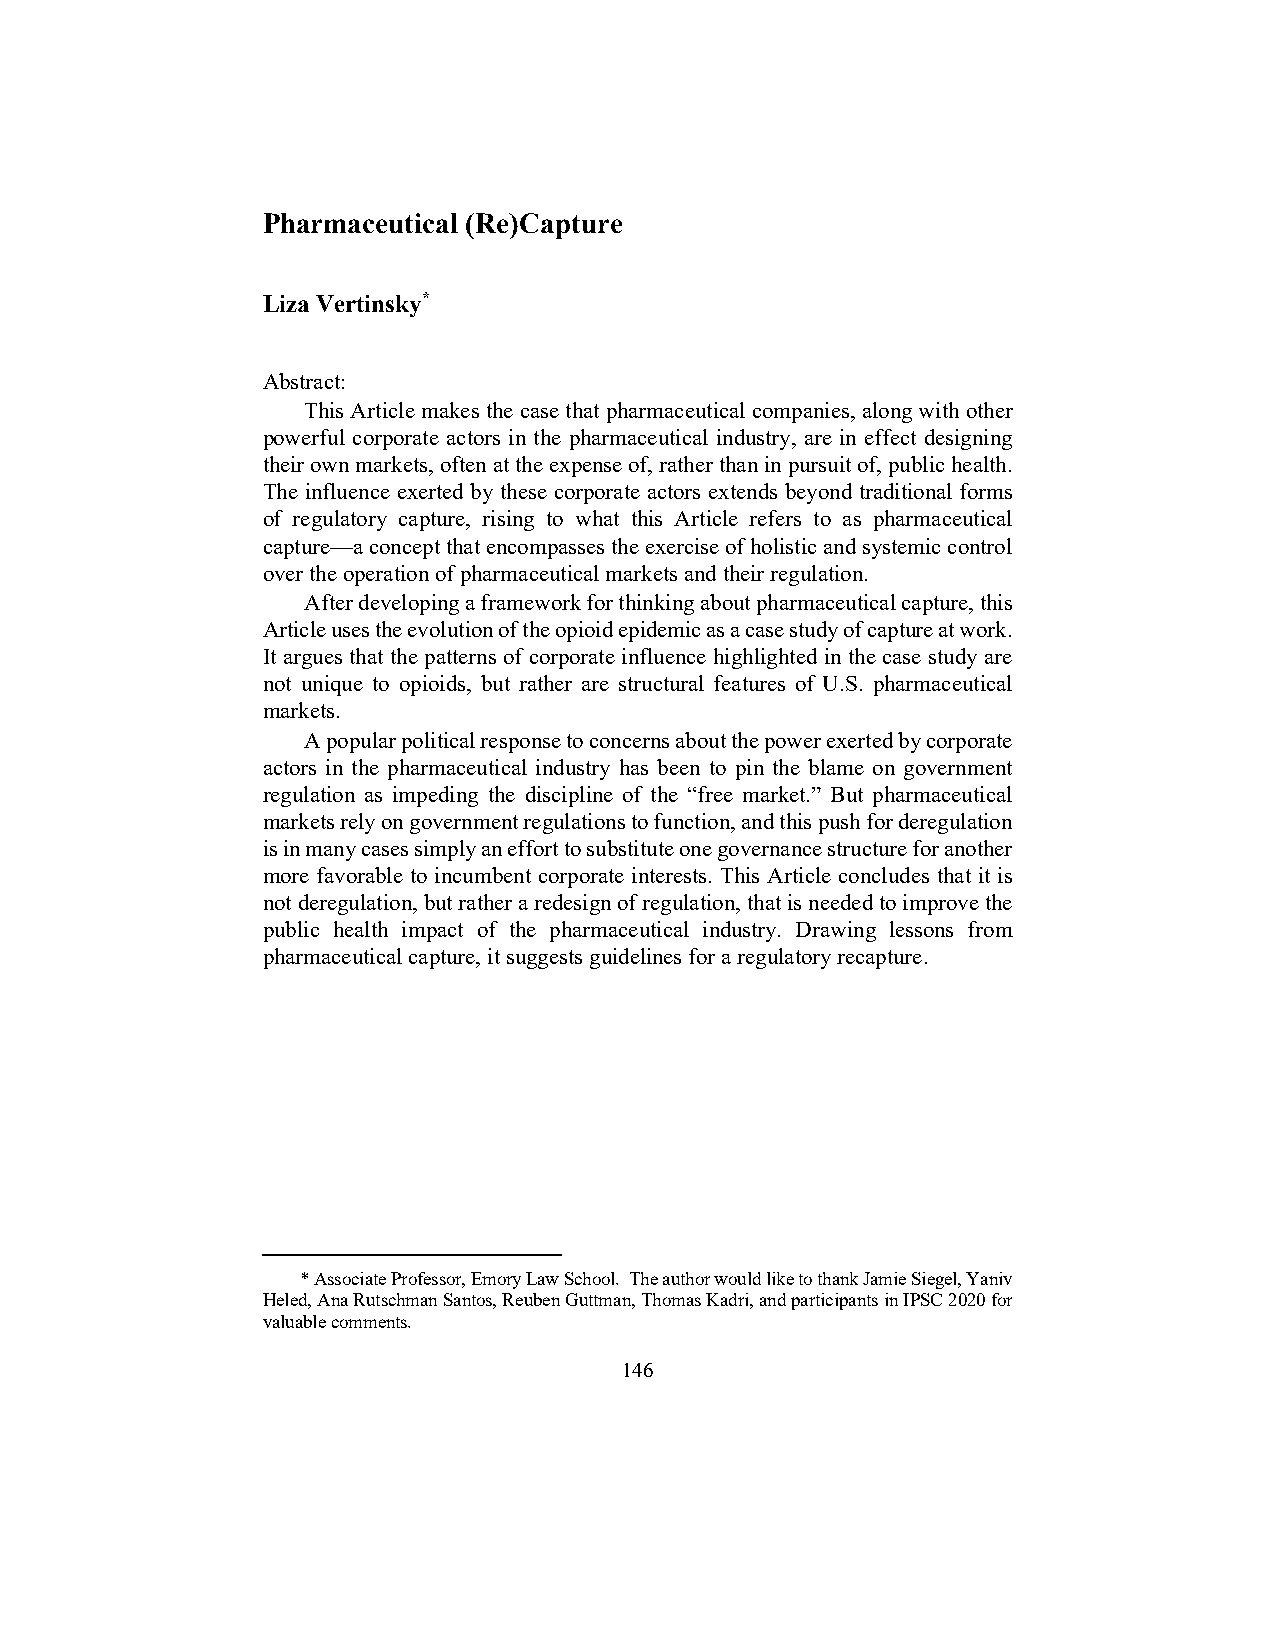
Pharmaceutical (Re)Capture
 Liza Vertinsky*
 Abstract:
 This Article makes the case that pharmaceutical companies, along with other
 powerful corporate actors in the pharmaceutical industry, are in effect designing
 their own markets, often at the expense of, rather than in pursuit of, public health.
 The influence exerted by these corporate actors extends beyond traditional forms
 of regulatory capture, rising to what this Article refers to as pharmaceutical
 capture—a concept that encompasses the exercise of holistic and systemic control
 over the operation of pharmaceutical markets and their regulation.
 After developing a framework for thinking about pharmaceutical capture, this
 Article uses the evolution of the opioid epidemic as a case study of capture at work.
 It argues that the patterns of corporate influence highlighted in the case study are
 not unique to opioids, but rather are structural features of U.S. pharmaceutical
 markets.
 A popular political response to concerns about the power exerted by corporate
 actors in the pharmaceutical industry has been to pin the blame on government
 regulation as impeding the discipline of the “free market.” But pharmaceutical
 markets rely on government regulations to function, and this push for deregulation
 is in many cases simply an effort to substitute one governance structure for another
 more favorable to incumbent corporate interests. This Article concludes that it is
 not deregulation, but rather a redesign of regulation, that is needed to improve the
 public health impact of the pharmaceutical industry. Drawing lessons from
 pharmaceutical capture, it suggests guidelines for a regulatory recapture.
 * Associate Professor, Emory Law School. The author would like to thank Jamie Siegel, Yaniv
 Heled, Ana Rutschman Santos, Reuben Guttman, Thomas Kadri, and participants in IPSC 2020 for
 valuable comments.
 146